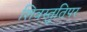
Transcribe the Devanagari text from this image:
शिवस्तुतिपर